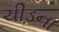
ચીડના